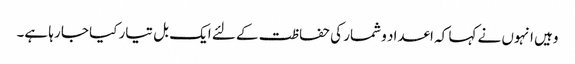
وہیں انہوں نے کہا کہ اعداد و شمار کی حفاظت کے لئے ایک بل تیار کیا جا رہا ہے۔